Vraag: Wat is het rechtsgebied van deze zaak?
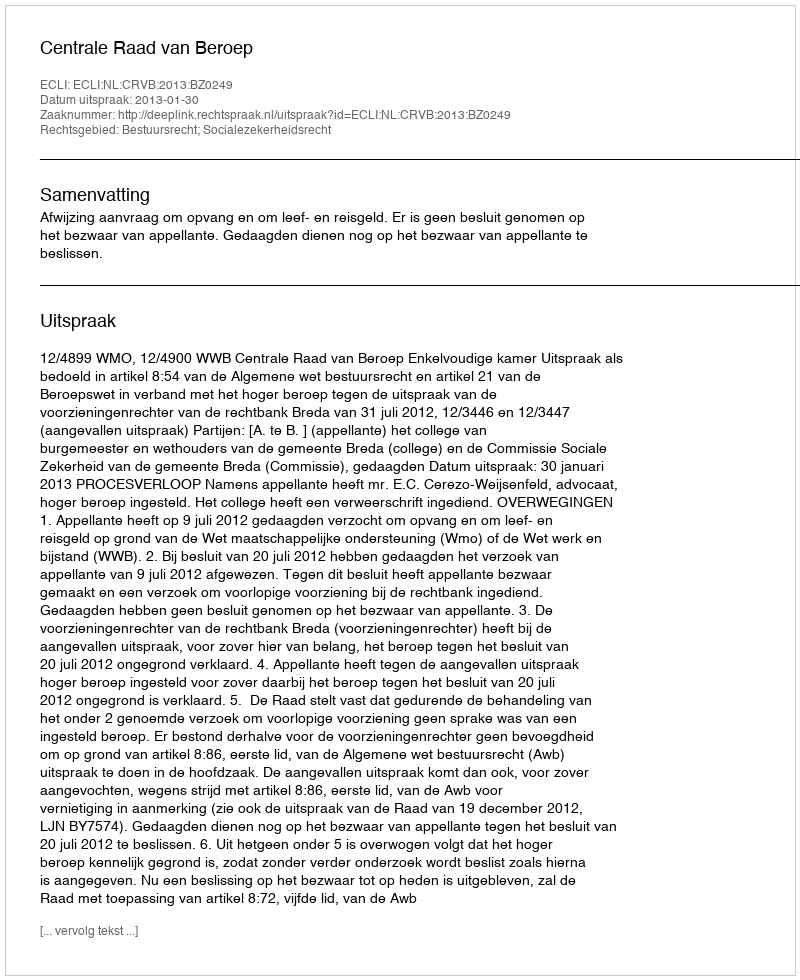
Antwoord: Bestuursrecht; Socialezekerheidsrecht